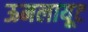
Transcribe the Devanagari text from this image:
ऊमलायूट